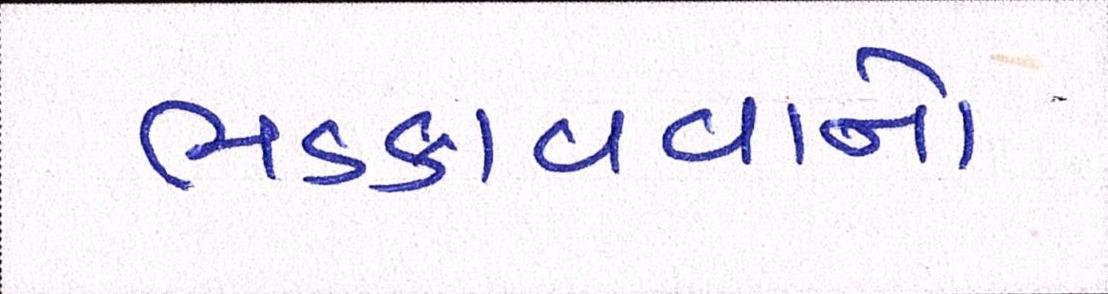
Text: ભડકાવવાનો